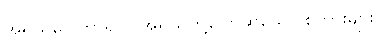
အရိယဝေါဟာရ - အရိယတို့ပြောဆိုသော စကားများ။